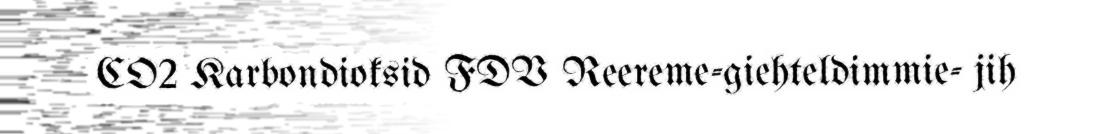
CO2 Karbondioksid FDV Reereme-giehteldimmie- jih